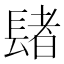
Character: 𨲘